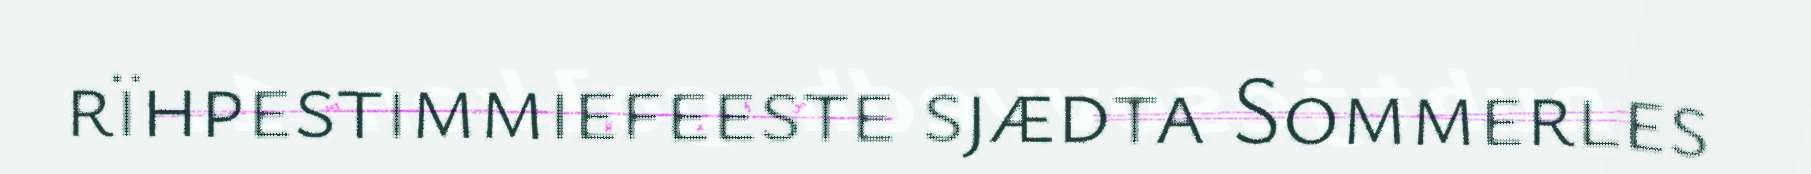
rïhpestimmiefeeste sjædta Sommerles